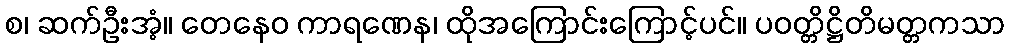
စ၊ ဆက်ဦးအံ့။ တေနေဝ ကာရဏေန၊ ထိုအကြောင်းကြောင့်ပင်။ ပဝတ္တိဋ္ဌိတိမတ္တကသာ